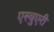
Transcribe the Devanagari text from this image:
एस्चुएरी